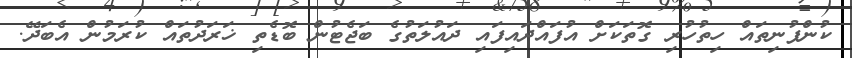
ކުންފުނިތައް ހިތުހުރި ގޮތަކަށް އުފައްދައިފައި ދައުލަތުގެ ބަޖެޓުން ބޮޑެތި ޚަރަދުތައް ކުރަމުން އެބަދޭ.